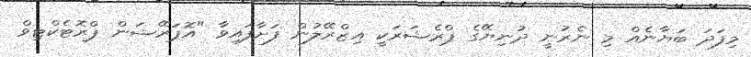
މިފަދަ ބަޔާނެއް މި ނެރުނީ ދުނިޔޭގެ ޕްރެޝަރަކީ އިޒްރޭލުން ފަށާފައިވާ "އޮޕަރޭޝަން ޕްރޮޓެކްޓިވް